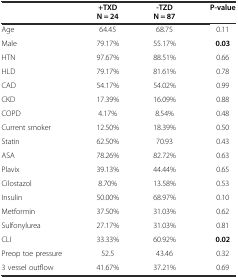
<table><thead><tr><td></td><td><b>+TXD N = 24</b></td><td><b>-TZD N = 87</b></td><td><b>P-value</b></td></tr></thead><tbody><tr><td>Age</td><td>64.45</td><td>68.75</td><td>0.11</td></tr><tr><td>Male</td><td>79.17%</td><td>55.17%</td><td><b>0.03</b></td></tr><tr><td>HTN</td><td>97.67%</td><td>88.51%</td><td>0.66</td></tr><tr><td>HLD</td><td>79.17%</td><td>81.61%</td><td>0.78</td></tr><tr><td>CAD</td><td>54.17%</td><td>54.02%</td><td>0.99</td></tr><tr><td>CKD</td><td>17.39%</td><td>16.09%</td><td>0.88</td></tr><tr><td>COPD</td><td>4.17%</td><td>8.54%</td><td>0.48</td></tr><tr><td>Current smoker</td><td>12.50%</td><td>18.39%</td><td>0.50</td></tr><tr><td>Statin</td><td>62.50%</td><td>70.93</td><td>0.43</td></tr><tr><td>ASA</td><td>78.26%</td><td>82.72%</td><td>0.63</td></tr><tr><td>Plavix</td><td>39.13%</td><td>44.44%</td><td>0.65</td></tr><tr><td>Cilostazol</td><td>8.70%</td><td>13.58%</td><td>0.53</td></tr><tr><td>Insulin</td><td>50.00%</td><td>68.97%</td><td>0.10</td></tr><tr><td>Metformin</td><td>37.50%</td><td>31.03%</td><td>0.62</td></tr><tr><td>Sulfonylurea</td><td>27.17%</td><td>31.03%</td><td>0.81</td></tr><tr><td>CLI</td><td>33.33%</td><td>60.92%</td><td><b>0.02</b></td></tr><tr><td>Preop toe pressure</td><td>52.5</td><td>43.46</td><td>0.32</td></tr><tr><td>3 vessel outflow</td><td>41.67%</td><td>37.21%</td><td>0.69</td></tr></tbody></table>